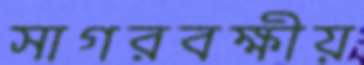
সাগরবক্ষীয়